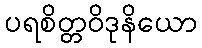
ပရစိတ္တဝိဒုနိယော